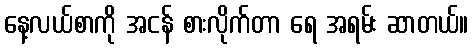
နေ့လယ်စာကို အငန် စားလိုက်တာ ရေ အရမ်း ဆာတယ်။